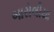
બારોલીયા